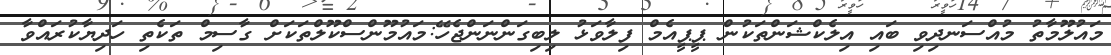
މައުލޫމާތު މުއްސަނދިވި ބައި އިލެކްޝަންތަކުން ޕީޕީއެމް ފިލާވަޅު ލިބިގަންނަންޖެހޭ:މައުމޫންސްކޫލްތަކަށް ގާސިމް ތަކެތި ހަދިޔާކުރައްވާ